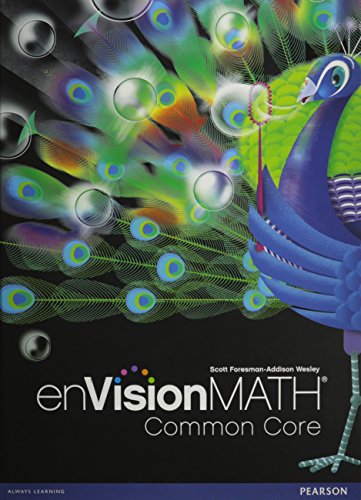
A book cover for enVision Math Common Core, Grade 5; Scott Foresman; Education & Teaching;